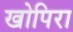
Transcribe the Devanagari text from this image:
खोपिरा